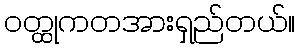
ဝတ္ထုကတအားရှည်တယ်။